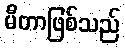
မီတာဖြစ်သည်